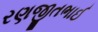
રણજીતભાઈ